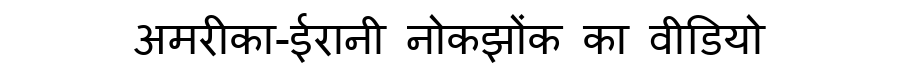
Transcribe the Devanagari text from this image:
अमरीका-ईरानी नोकझोंक का वीडियो